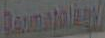
Dermatology